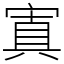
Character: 寘